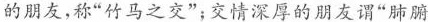
的朋友，称”竹马之交”；交情深厚的朋友谓”肺腑